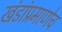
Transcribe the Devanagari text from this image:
खंडांप्रमाणेच